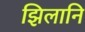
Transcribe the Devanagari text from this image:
झिलानि